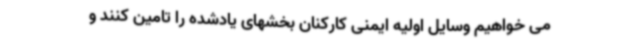
می خواهیم وسایل اولیه ایمنی کارکنان بخشهای یادشده را تامین کنند و